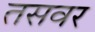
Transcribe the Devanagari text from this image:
तसवर